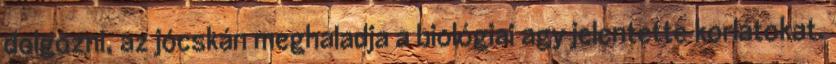
dolgozni, az jócskán meghaladja a biológiai agy jelentette korlátokat.